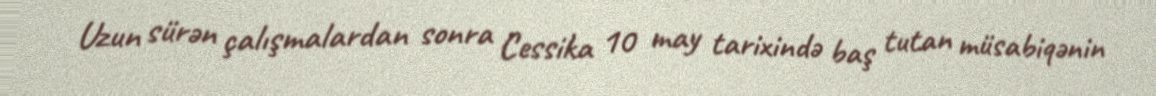
Uzun sürən çalışmalardan sonra Cessika 10 may tarixində baş tutan müsabiqənin